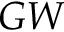
G W